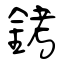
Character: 銬